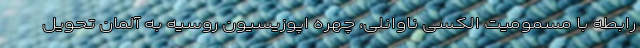
رابطه با مسمومیت الکسی ناوانلی، چهره اپوزیسیون روسیه به آلمان تحویل